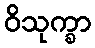
ဝိသုက္ခာ